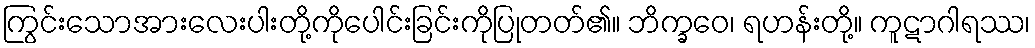
ကြွင်းသောအားလေးပါးတို့ကိုပေါင်းခြင်းကိုပြုတတ်၏။ ဘိက္ခဝေ၊ ရဟန်းတို့။ ကူဋာဂါရဿ၊